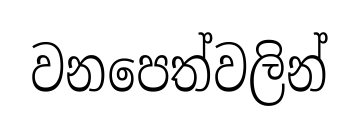
වනපෙත්වලින්